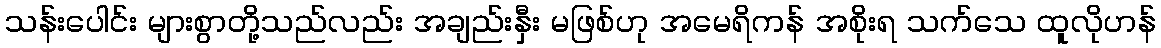
သန်းပေါင်း များစွာတို့သည်လည်း အချည်းနှီး မဖြစ်ဟု အမေရိကန် အစိုးရ သက်သေ ထူလိုဟန်